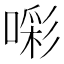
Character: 𭊑